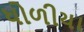
ધોળીયા